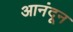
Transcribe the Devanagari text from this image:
आनंदून